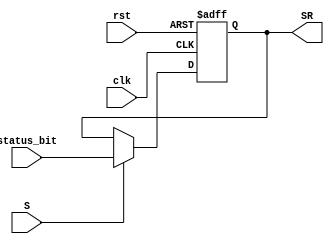
module status_reg(
	clk,
	rst,
	S,
	status_bit,
	SR
);
	input clk, rst, S;
	input[3:0] status_bit;
	output reg [3:0] SR;

	always@(negedge clk, posedge rst)
	begin
		if(rst)
			SR <= 4'b0;
		else if(S)
			SR <= status_bit;
	end
endmodule